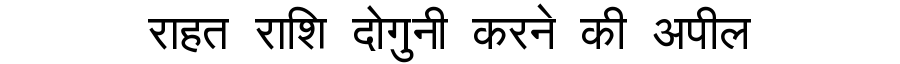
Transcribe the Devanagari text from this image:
राहत राशि दोगुनी करने की अपील